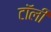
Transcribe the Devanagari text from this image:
टॉली